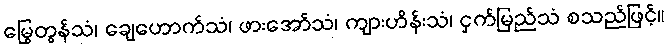
မြွေတွန်သံ၊ ချေဟောက်သံ၊ ဖားအော်သံ၊ ကျားဟိန်းသံ၊ ငှက်မြည်သံ စသည်ဖြင့်။